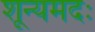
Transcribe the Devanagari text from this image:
शून्यमदः